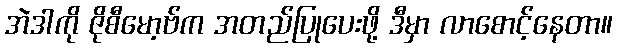
အဲဒါကို ဇိုစီမော့ဗ်က အတည်ပြုပေးဖို့ ဒီမှာ လာစောင့်နေတာ။